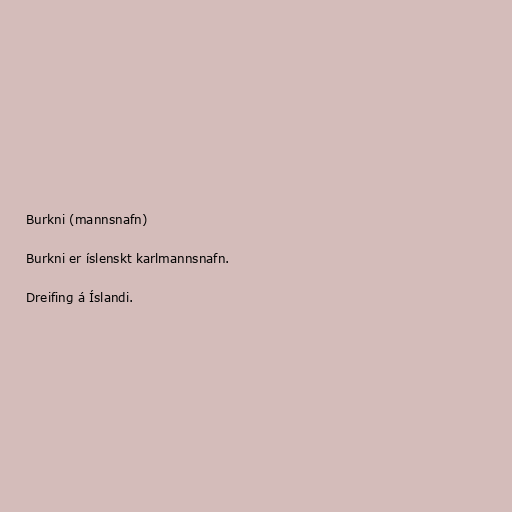
Burkni (mannsnafn)

Burkni er íslenskt karlmannsnafn.

Dreifing á Íslandi.